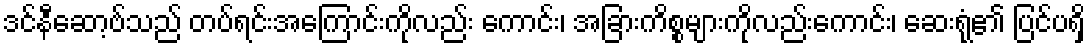
ဒင်နီဆော့ဗ်သည် တပ်ရင်းအကြောင်းကိုလည်း ကောင်း၊ အခြားကိစ္စများကိုလည်းကောင်း၊ ဆေးရုံ၏ ပြင်ပရှိ